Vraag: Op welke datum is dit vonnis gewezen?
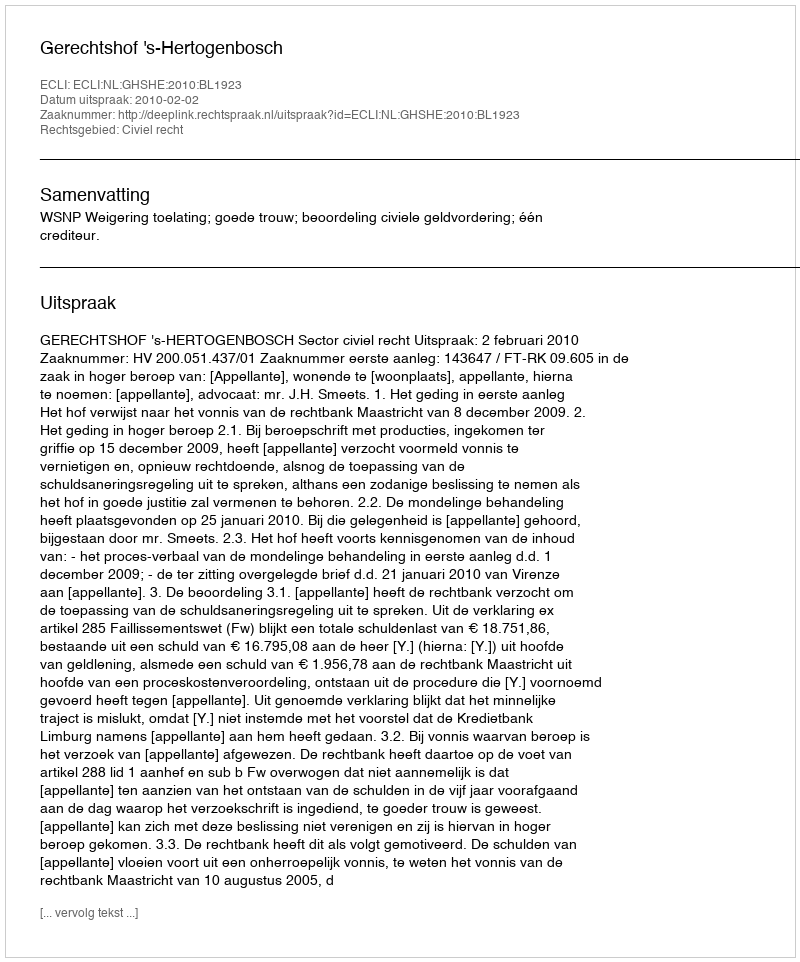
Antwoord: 2010-02-02